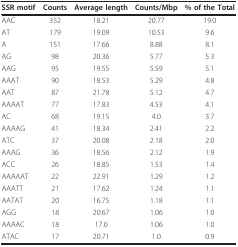
| SSR motif | Counts | Average length | Counts/Mbp | % of the Total |
 | --- | --- | --- | --- | --- |
 | AAC | 352 | 18.21 | 20.77 | 19.0 |
 | AT | 179 | 19.09 | 10.53 | 9.6 |
 | A | 151 | 17.66 | 8.88 | 8.1 |
 | AG | 98 | 20.36 | 5.77 | 5.3 |
 | AAG | 95 | 19.55 | 5.59 | 5.1 |
 | AAAT | 90 | 18.53 | 5.29 | 4.8 |
 | AAT | 87 | 21.78 | 5.12 | 4.7 |
 | AAAAT | 77 | 17.83 | 4.53 | 4.1 |
 | AC | 68 | 19.15 | 4.0 | 3.7 |
 | AAAAG | 41 | 18.34 | 2.41 | 2.2 |
 | ATC | 37 | 20.08 | 2.18 | 2.0 |
 | AAAG | 36 | 18.56 | 2.12 | 1.9 |
 | ACC | 26 | 18.85 | 1.53 | 1.4 |
 | AAAAAT | 22 | 22.91 | 1.29 | 1.2 |
 | AAATT | 21 | 17.62 | 1.24 | 1.1 |
 | AATAT | 20 | 16.75 | 1.18 | 1.1 |
 | AGG | 18 | 20.67 | 1.06 | 1.0 |
 | AAAAC | 18 | 17.0 | 1.06 | 1.0 |
 | ATAC | 17 | 20.71 | 1.0 | 0.9 |